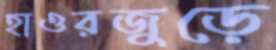
হাওরজুড়ে